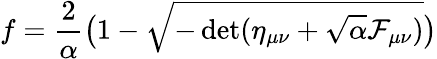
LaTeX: f={\frac{2}{\alpha}}\bigl(1-\sqrt{-\operatorname*{det}(\eta_{\mu\nu}+\sqrt{\alpha}{\cal F}_{\mu\nu})}\bigr)